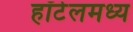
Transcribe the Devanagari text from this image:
हॉटेलमध्य